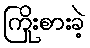
ကြိုးစားခဲ့